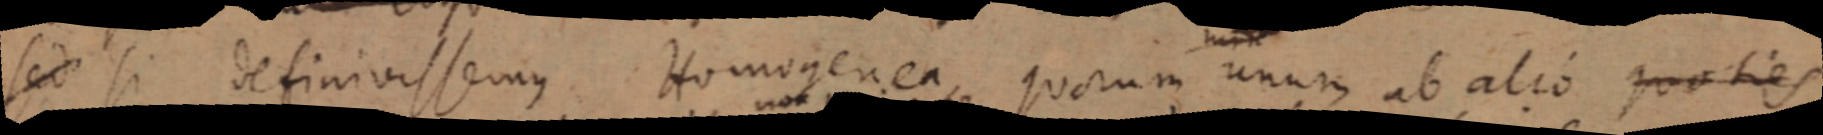
sed si definivissemus Homogenea, quorum unum ab alio quoties